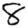
Digit: 8